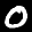
Label: 0